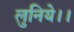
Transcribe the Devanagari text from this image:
लुनिये।।